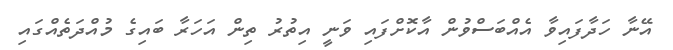
އޭނާ ހަދާފައިވާ އެއްބަސްވުން އާކޮށްފައި ވަނީ އިތުރު ތިން އަހަރާ ބައިގެ މުއްދަތެއްގައި